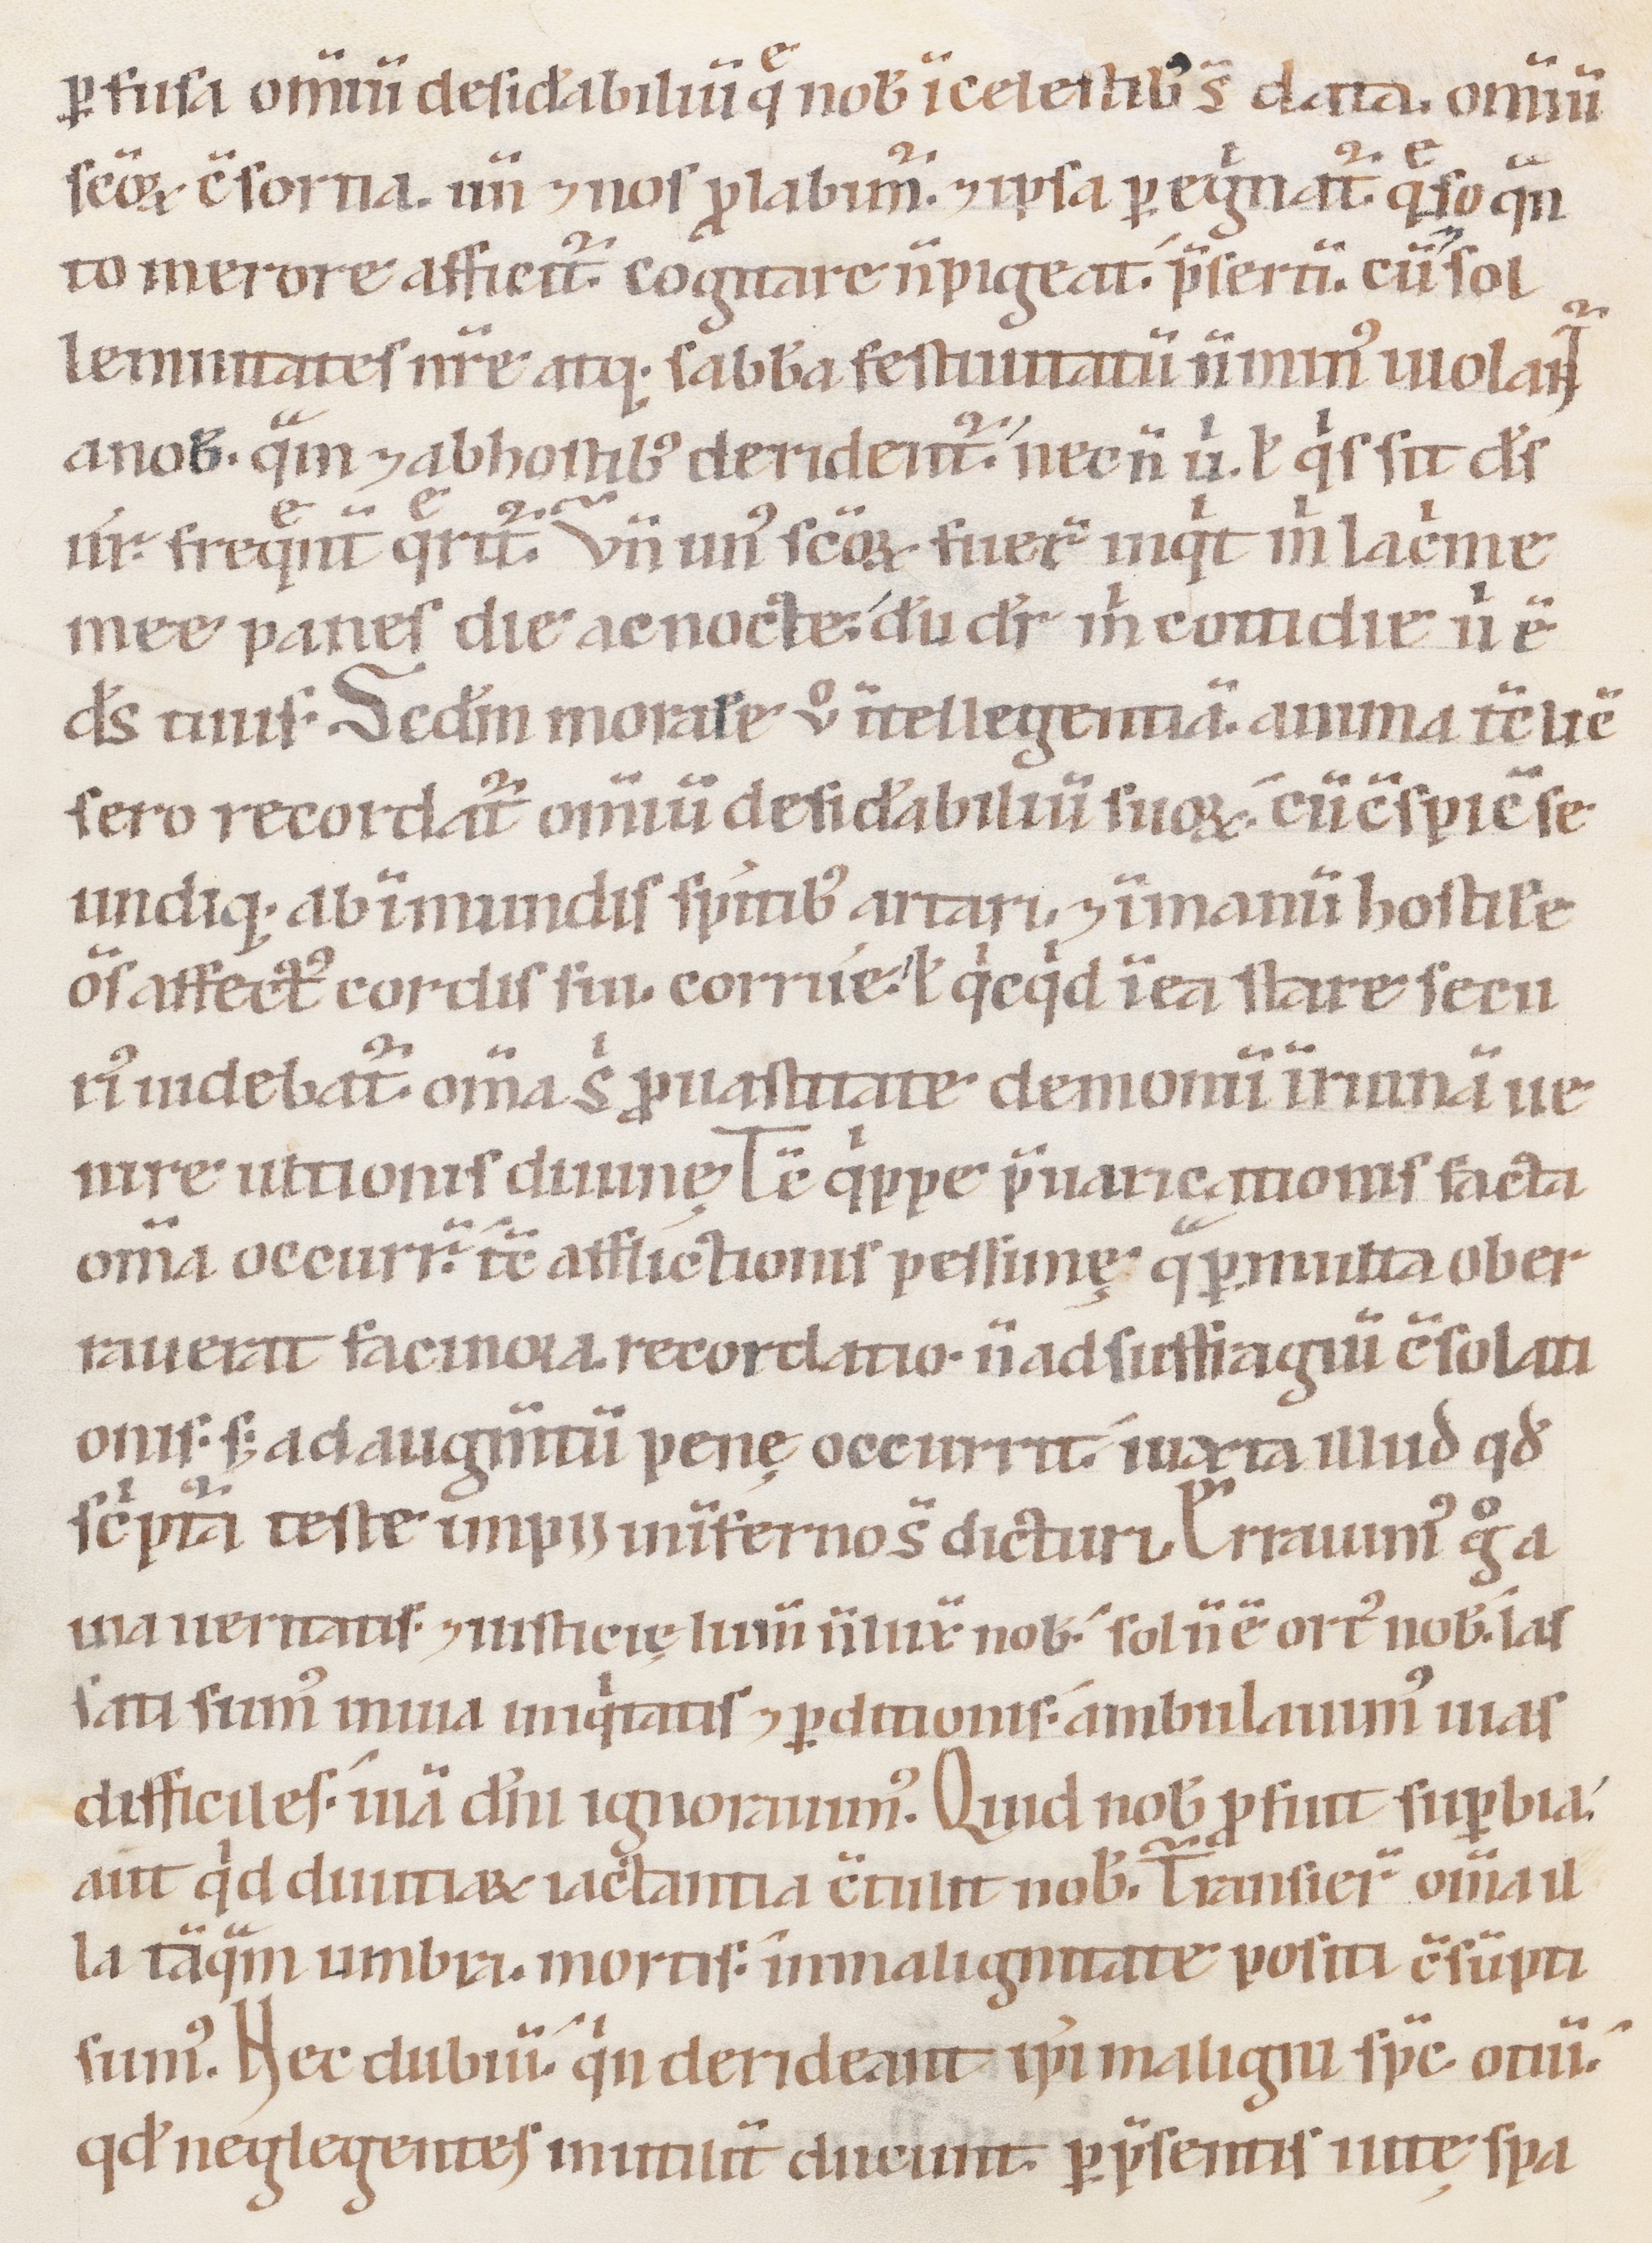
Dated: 1147–1178